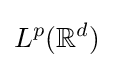
L^{p}(\mathbb {R} ^{d})